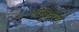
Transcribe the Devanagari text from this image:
अनूसरण